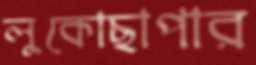
লুকোছাপার